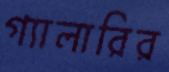
গ্যালারির